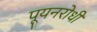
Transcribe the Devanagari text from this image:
पूयनरोधी